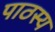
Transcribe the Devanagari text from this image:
पाठस्य